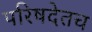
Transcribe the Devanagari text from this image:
परिषदेतच